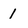
Character: 1